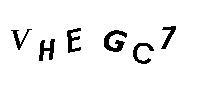
VHEGC7